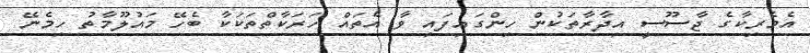
އެމެރިކާގެ ޖާސޫސީ އިދާރާތަކުން ހިންގައިފައި ވާ އެތައް ހަރަކާތްތަކަކާ ބެހޭ މައުލޫމާތު ހިމެނޭ